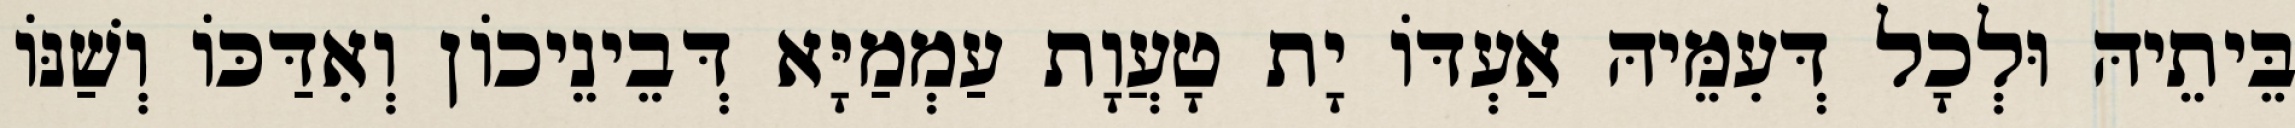
בֵּיתֵיהּ וּלְכָל דְּעִמֵּיהּ אַעְדּוֹ יָת טָעֲוָת עַמְמַיָּא דְּבֵינֵיכוֹן וְאִדַּכּוֹ וְשַׁנּוֹ